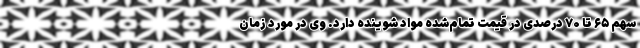
سهم ۶۵ تا ۷۰ درصدی در قیمت تمام‌شده مواد شوینده دارد. وی در مورد زمان